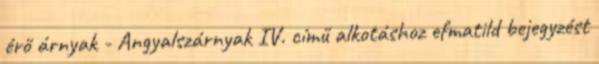
érő árnyak - Angyalszárnyak IV. című alkotáshoz efmatild bejegyzést